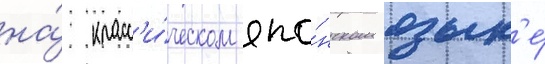
на́ класс'и́ческом япо́нском язык'е́